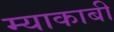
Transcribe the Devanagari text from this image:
म्याकाबी